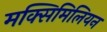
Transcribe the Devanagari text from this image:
मक्सिमिलियन